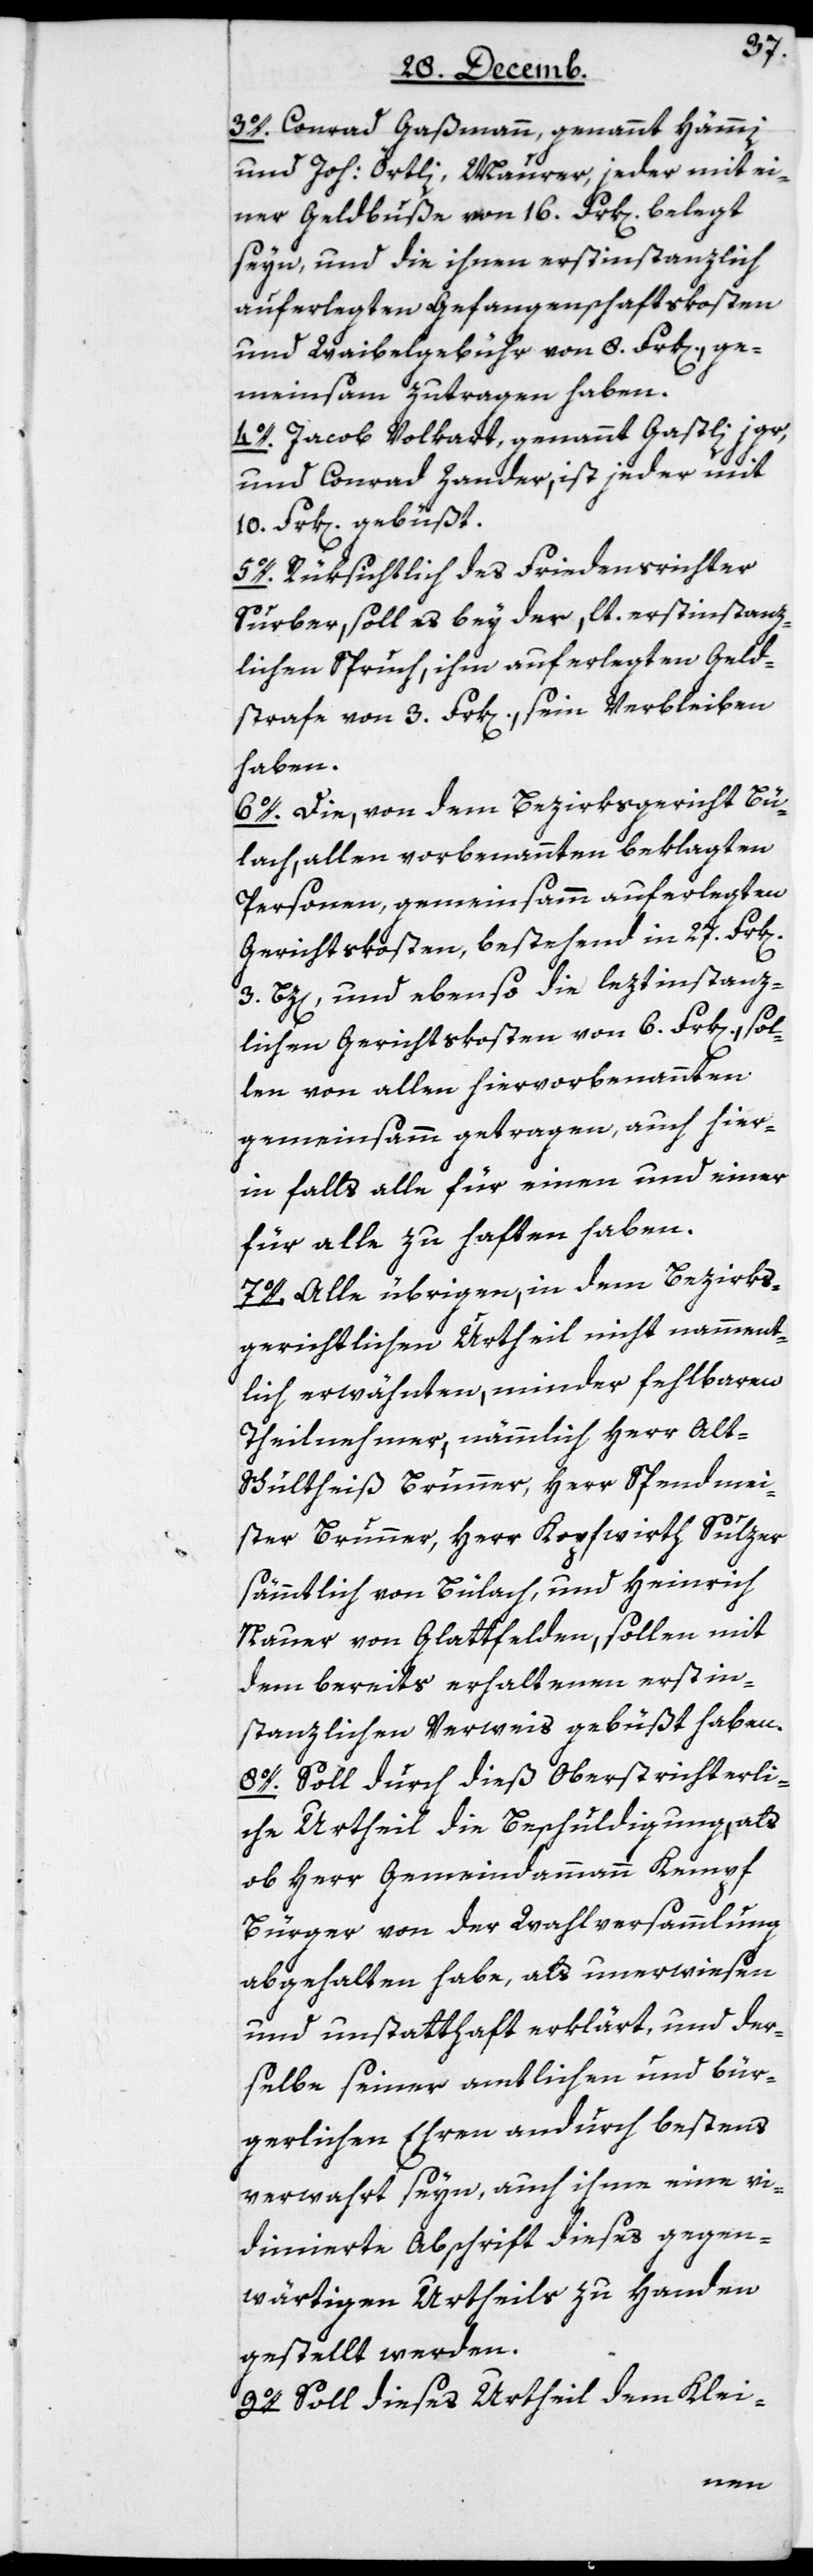
3o. Conrad Gaßmann, genannt Hämmi,
und Joh: Örtli, Maurer, jeder mit ei¬
ner Geldbuße von 16. Frk[en]. belegt
seyn, und die ihnen erstinstanzlich
auferlegten Gefangenschaftskosten
und Weibelgebühr von 8. Frk[en]., ge¬
meinsam zu tragen haben.
4o. Jacob Volkart, genannt Gastli
und Conrad Zander, ist jeder mit
10. Frk[en]. gebüßt.
5o. Rüksichtlich des Friedensrichter
Surber, soll es bey der, lt. erstinstanz¬
lichem Spruch, ihm auferlegten Geld¬
strafe von 3. Frk[en]., sein Verbleiben
haben.
6o. Die, von dem Bezirksgericht Bü¬
lach, allen vorbenannten beklagten
Personen, gemeinsamm auferlegten
Gerichtskosten, bestehend in 27. Frk[en].
3. Bz[en]., und ebenso die letztinstanz¬
lichen Gerichtskosten von 6. Frk[en]., sol¬
len von allen hiervorbenannten
gemeinsamm getragen, auch hier¬
in falls alle für einen und einer
für alle zu haften haben.
7o. Alle übrigen, in dem Bezirks¬
gerichtlichen Urtheil nicht namment¬
lich erwähnten, minder fehlbaren
Theilnehmer, nämmlich Herr Alt-S¬
chultheiß Brunner, Herr Pfendmei¬
ster Brunner, Herr Kopfwirth Sulzer,
sämmtlich von Bülach, und Heinrich
Nauer von Glattfelden, sollen mit
dem bereits erhaltenen erstin¬
stanzlichen Verweis gebüßt haben.
8o. Soll durch dieß Oberstrichterli¬
che Urtheil die Beschuldigung, als
ob Herr Gemeindammann Kempf
Bürger von der Wahlversammlung
abgehalten habe, als unerwiesen
und unstatthaft erklärt, und der¬
selbe seiner amtlichen und bür¬
gerlichen Ehren andurch beßtens
verwahrt seyn, auch ihme eine vi¬
dimierte Abschrift dieses gegen¬
wärtigen Urtheils zu Handen
gestellt werden.
9o. Soll dieses Urtheil dem Klei-